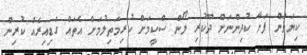
ކިޔަވަން ފަށާ ކުދިންނަށް ދޫކުރި ލޯން ސްކީމަށް ކުރިމަތިލުމަށް އެތައް ގަޑިއިރެއް ކުރިން